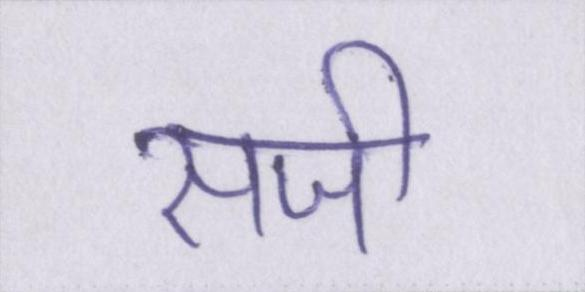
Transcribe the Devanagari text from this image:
सजी